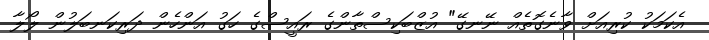
އެކަމަކު ކުރިއަށް ވާނެގޮތެއް ނޭނގޭ" އުޒްބަކިސްތާންގެ ރައީސްގެ ހަގު އަންހެން ދަރިކަނބަލުން ލޯލާ